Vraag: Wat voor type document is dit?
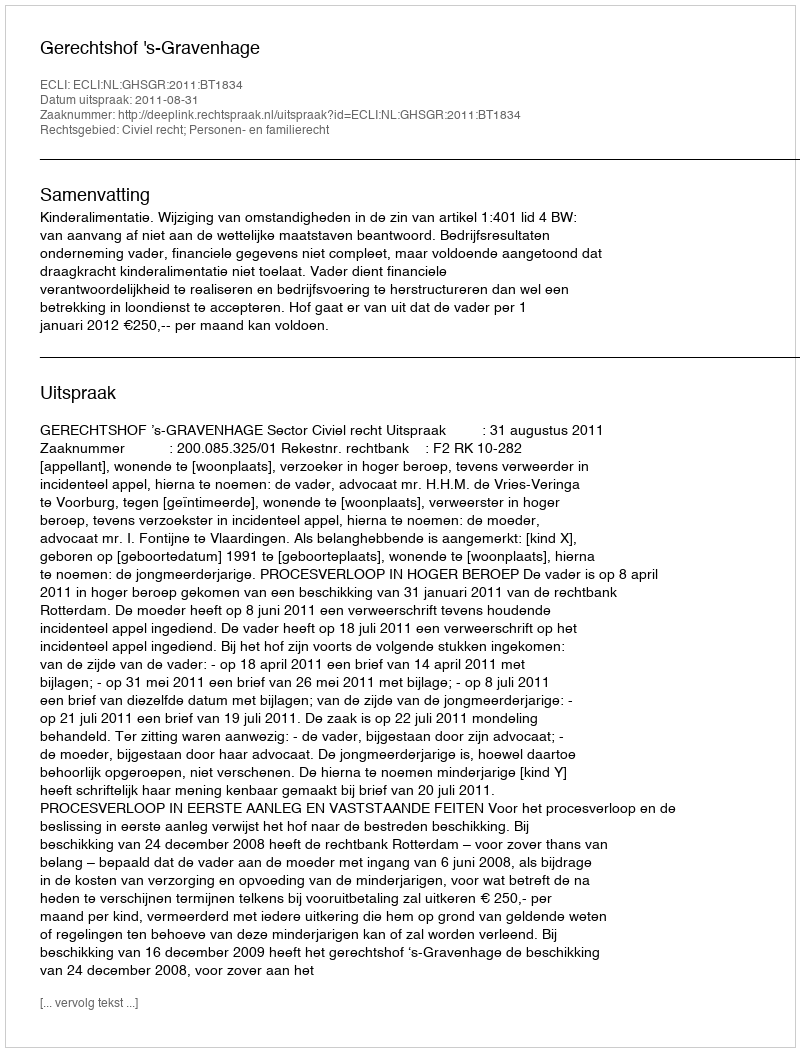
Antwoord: Uitspraak